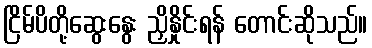
ငြိမ်ပိတို့ဆွေးနွေး ညှိနှိုင်းရန် တောင်းဆိုသည်။